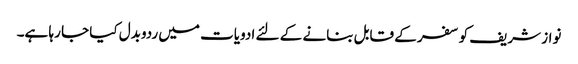
نواز شریف کو سفر کے قابل بنانے کے لئے ادویات میں ردوبدل کیا جا رہا ہے۔